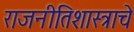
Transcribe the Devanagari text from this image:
राजनीतिशास्त्राचे